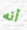
أنه